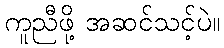
ကူညီဖို့ အဆင်သင့်ပဲ။